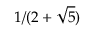
1 / ( 2 + { \sqrt { 5 } } )